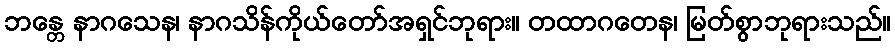
ဘန္တေ နာဂသေန၊ နာဂသိန်ကိုယ်တော်အရှင်ဘုရား။ တထာဂတေန၊ မြတ်စွာဘုရားသည်။